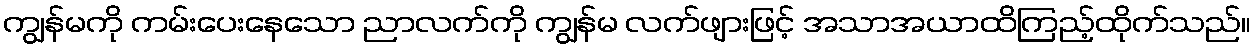
ကျွန်မကို ကမ်းပေးနေသော ညာလက်ကို ကျွန်မ လက်ဖျားဖြင့် အသာအယာထိကြည့်ထိုက်သည်။